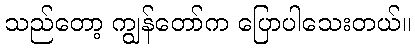
သည်တော့ ကျွန်တော်က ပြောပါသေးတယ်။